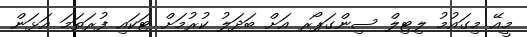
މީއޭ މިގައުމު ލިޓިލް ސިންގަޕޯރ އަށް ބަދަލު ކުރުމަށް ޓަކައި ފުރަތަމަ އަޅަން